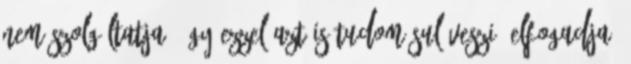
nem szolgáltatja, úgy ezzel azt is tudomásul veszi, elfogadja,